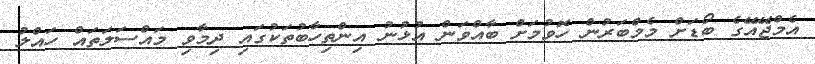
އެމްޖޭއޭގެ ބޯޑަށް މެމްބަރުން ހޮވުމަށް ބާއްވަން އުޅުނު އިންތިހާބުތަކުގައި ދިމާވި މައްސަލަތައް ހައްލު